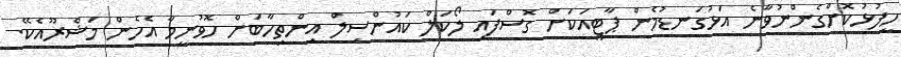
ހީފުޅުކޮށްގެންނުވާނެ އަޅުގަނޑުމެން ޕާޓީއަކަށް ގޮސްފައި ލޯކަލް ކައުންސިލް އިންތިހާބަށް ހޮވުނީމާ އެހެން މަޝްރޫއެކޭ.